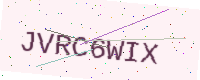
Text: JVRC6WIX